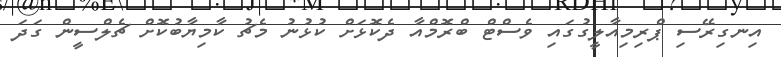
އިނގިރޭސި ޕްރިމިއާލީގުގައި ވެސްޓް ބްރޮމްއާ ދެކޮޅަށް ކުޅުނު މެޗު ކާމިޔާބުކޮށް ޗެލްސީން ގަދަ